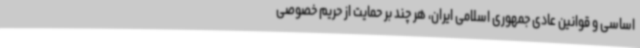
اساسی و قوانین عادی جمهوری اسلامی ایران، هر چند بر حمایت از حریم خصوصی